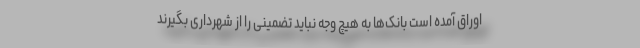
اوراق آمده است بانک‌ها به هیچ وجه نباید تضمینی را از شهرداری بگیرند